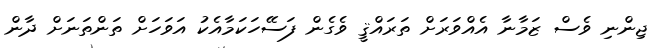
ޖިންނި ވެސް ޒަމާނާ އެއްވަރަށް ތަރައްޤީ ވެގެން ފަސޭހަކަމާއެކު އަވަހަށް ތަންތަނަށް ދާން